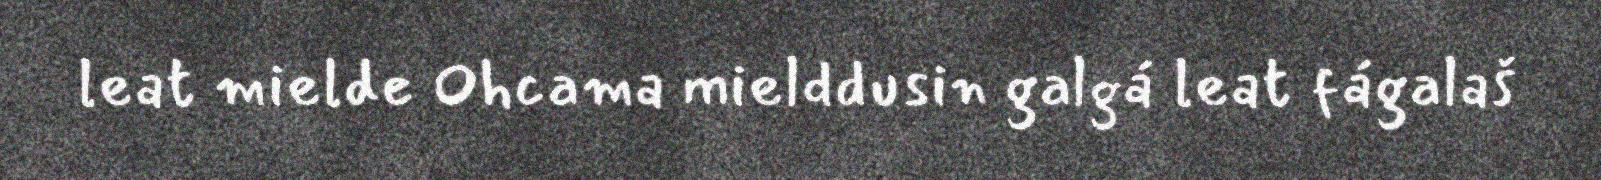
leat mielde Ohcama mielddusin galgá leat fágalaš